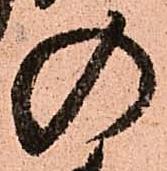
の